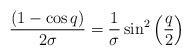
LaTeX: \begin{align*}\frac{(1-\cos q)}{2\sigma}=\frac{1}{\sigma}\sin^2\left(\frac{q}{2}\right)\end{align*}